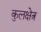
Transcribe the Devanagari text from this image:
कुलक्षेत्र